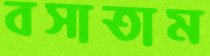
বসাতাম